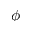
\phi